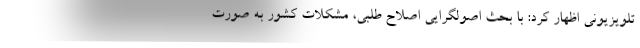
تلویزیونی اظهار کرد: با بحث اصولگرایی اصلاح طلبی، مشکلات کشور به صورت